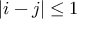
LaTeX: | i - j | \leq 1